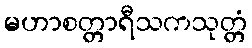
မဟာစတ္တာရီသကသုတ္တံ